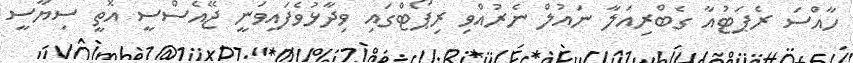
ހާއްސަ ރެޕަޓުއާ ގެބްރިއަލާ ނައުލް ނެރުއްވި ރިޕޯޓްގައި ވިދާޅުވެފައިވަނީ ޖޭއެސްސީ އޮތީ ސިޔާސީ